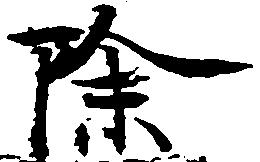
除